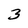
Character: 3